Vaccination in Bombay 1889-1901 - 1889-1901
Year: 1889
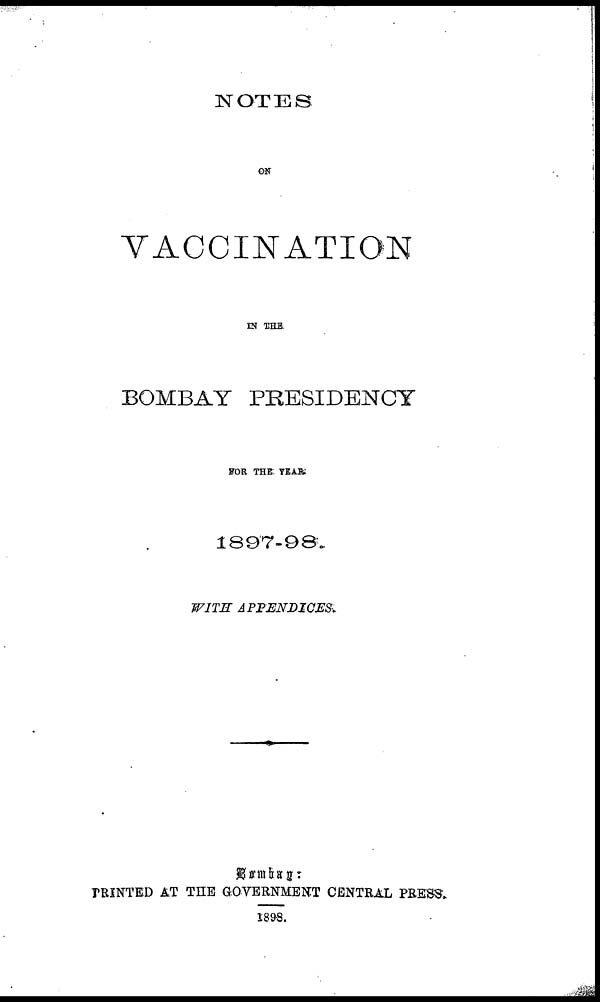
NOTES
ON
VACCINATION
IN THE
BOMBAY PRESIDENCY
FOR THE YEAR
1897-98.
WITH
APPENDICES.
Bombay :
PRINTED AT THE GOVERNMENT CENTRAL PRESS.
1898.